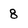
Character: 8